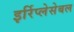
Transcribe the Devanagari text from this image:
इर्रिप्लेसेबल